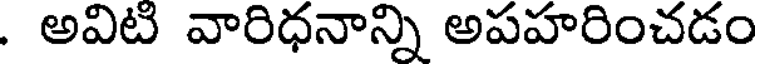
. అవిటి వారిధనాన్ని అపహరించడం